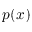
p ( x )